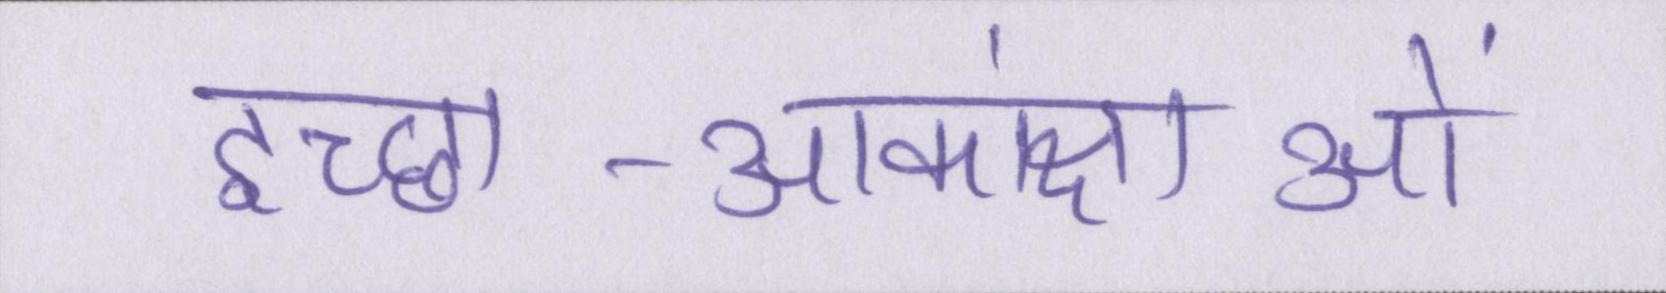
इच्छा-आकांक्षाओं